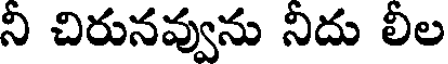
ని చిరునవ్వును నిదు లీల